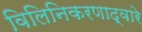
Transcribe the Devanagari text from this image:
विलिनिकरणाद्वारे